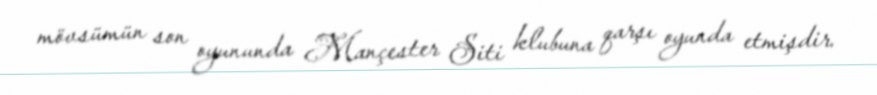
mövsümün son oyununda Mançester Siti klubuna qarşı oyunda etmişdir.